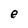
Character: e